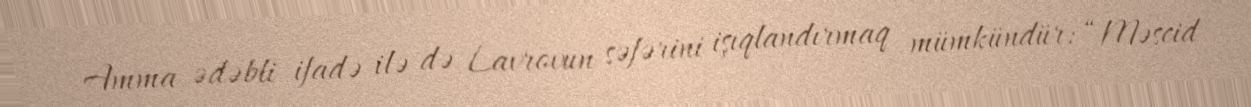
Amma ədəbli ifadə ilə də Lavrovun səfərini işıqlandırmaq mümkündür: “Məscid